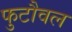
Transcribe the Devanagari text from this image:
फुटौवल